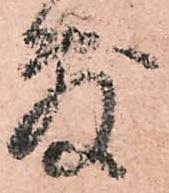
敷